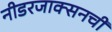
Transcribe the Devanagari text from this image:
नीडरजाक्सनची